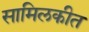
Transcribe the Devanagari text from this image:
सामिलकीत